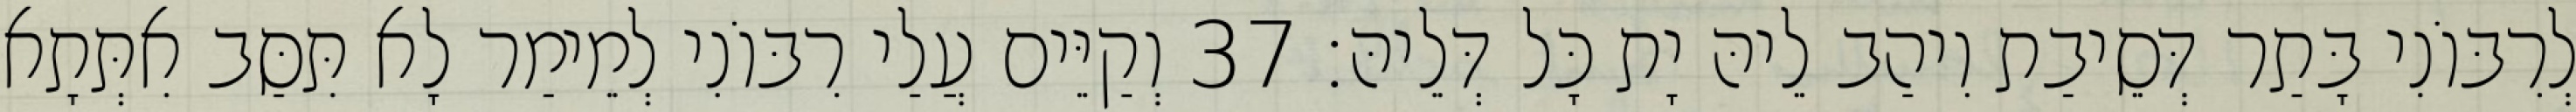
לְרִבּוֹנִי בָּתַר דְּסֵיבַת וִיהַב לֵיהּ יָת כָּל דְּלֵיהּ׃ 37 וְקַיֵּים עֲלַי רִבּוֹנִי לְמֵימַר לָא תִּסַּב אִתְּתָא